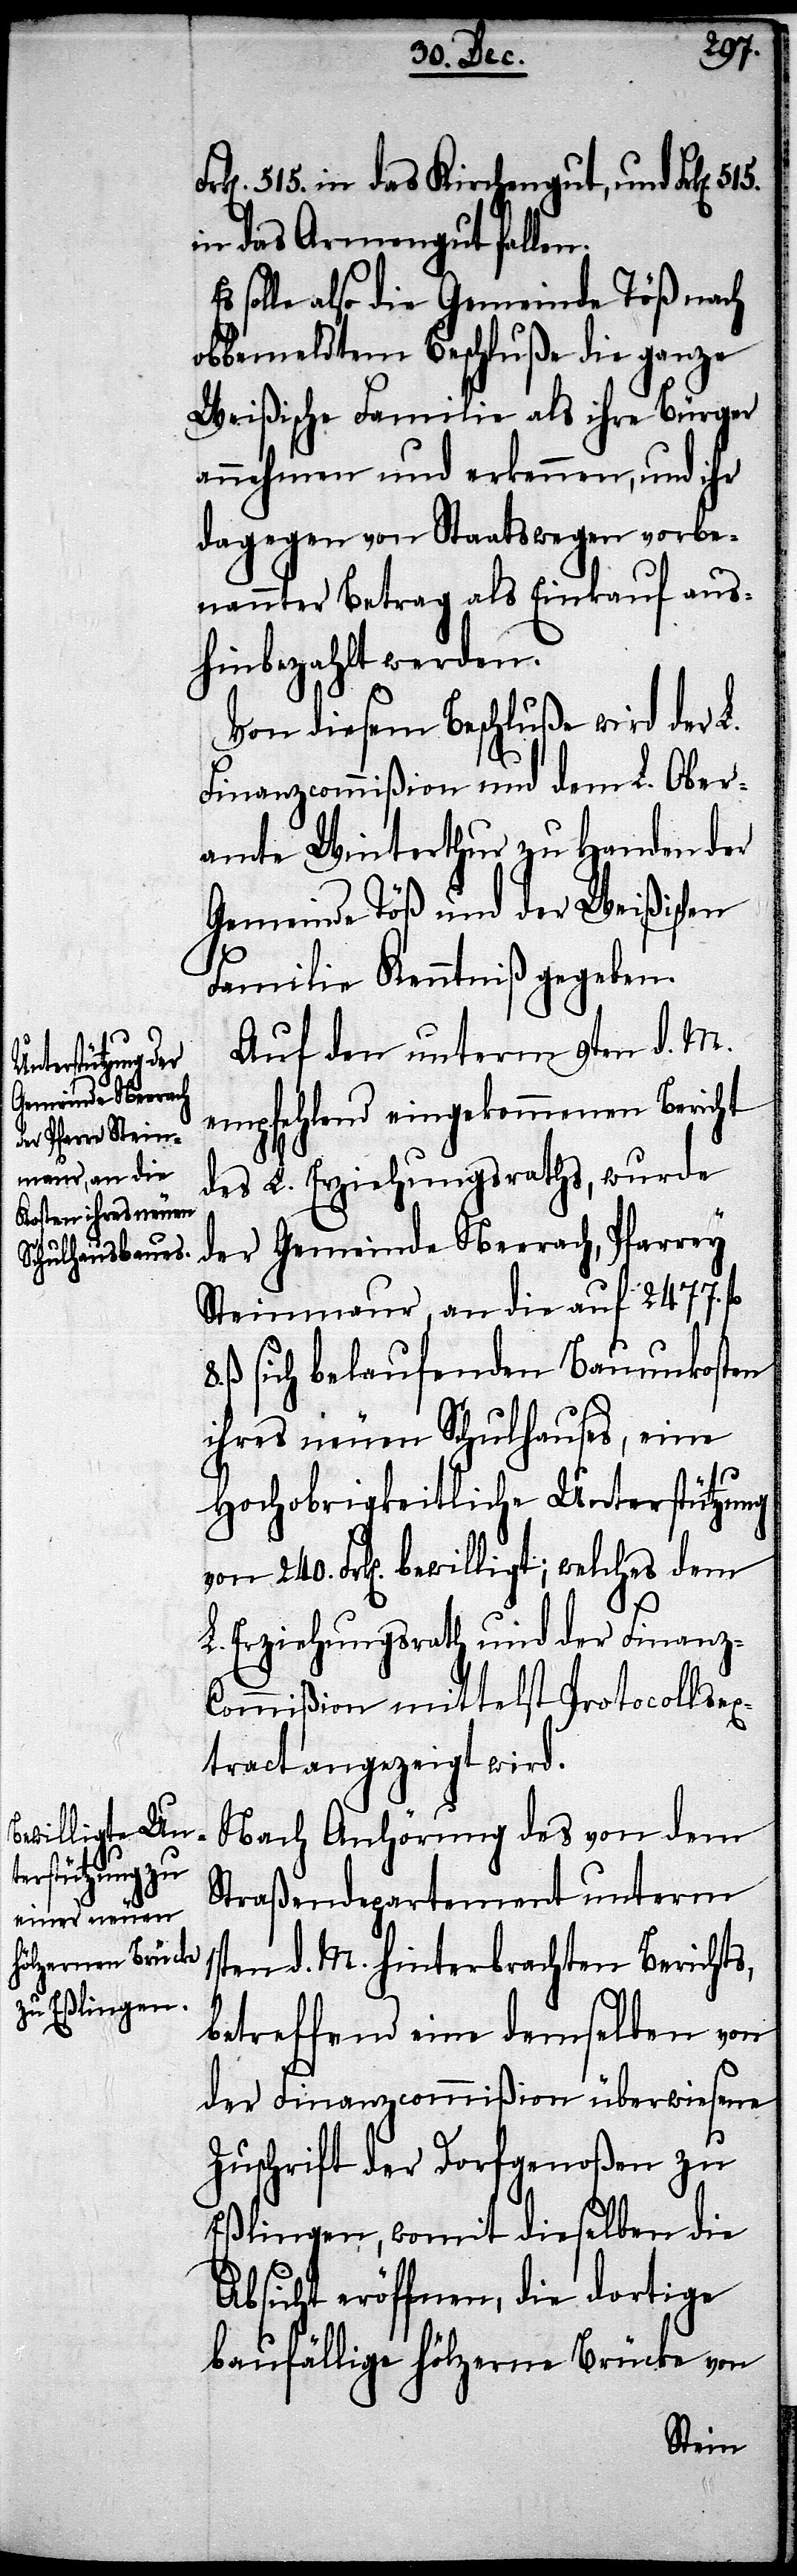
elches dem
bewilligt; w¬

240.
515. in das Kirchengut, und Frk[en].
in das Armengut fallen.
solle also die Gemeinde Töß nach
obbemeldtem Beschluße die ganze
Weißische Familie als ihre Bürger
annehmen und erkennen, und ihr
dagegen von Staatswegen vorbe¬
nannter Betrag als Einkauf aus¬
hinbezahlt werden.
Von diesem Beschluße wird der L.
Finanzcommißion und dem L. Ober¬
amte Winterthur zu Handen der
Gemeinde Töß und der Weißischen
Familie Kenntniß gegeben.
Auf den unterm 9ten d. M.
empfehlend eingekommenen Bericht
des L. Erziehungsraths, wurde
der Gemeinde Neerach, Pfarrey,
Steinmaur, an die auf 2477. fl.
ß. sic belaufenden Baukosten
ihres neuen Schulhauses, eine
Hochobrigkeitliche Unterstützung
L. Erziehungsrath und der Finanz-C¬
ommißion mittelst Protocollsex¬
tract angezeigt wird.
Nach Anhörung des von dem
Straßendepartement unterm
1sten d. M. hinterbrachten Berichts,
betreffend eine demselben von
der Finanzcommißion überwiesene
Zuschrift der Dorfgenoßen zu
Eßlingen, womit dieselben die
Absicht eröffnen, die dortige
baufällige hölzerne Brücke von